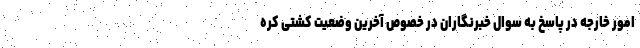
امور خارجه در پاسخ به سوال خبرنگاران در خصوص آخرین وضعیت کشتی کره